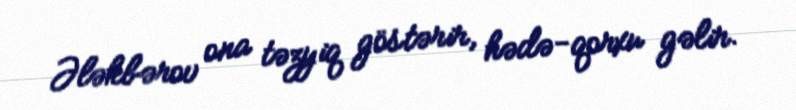
Ələkbərov ona təzyiq göstərir, hədə-qorxu gəlir.